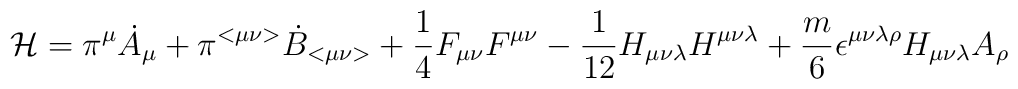
{\cal H} = \pi^{\mu}{\dot{A}}_{\mu} + \pi^{<\mu \nu>}{\dot{B}}_{< \mu \nu > } + \frac{1}{4}F_{\mu \nu}F^{\mu \nu} - \frac{1}{12}H_{\mu \nu \lambda}H^{\mu \nu \lambda} + \frac{m}{6}\epsilon^{\mu \nu \lambda \rho}H_{\mu \nu \lambda}A_{\rho}